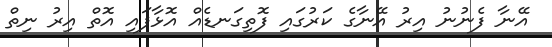
އޭނާ ފެނުނު އިރު އޭނާގެ ކަރުގައި ފޮތިގަނޑެއް އޮޅާފައި އޮތް އިރު ނިތް